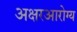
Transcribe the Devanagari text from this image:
अक्षरआरोग्य